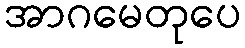
အာဂမေတုပေ